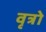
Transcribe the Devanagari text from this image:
वृत्रो